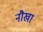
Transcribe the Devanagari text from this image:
नौखा